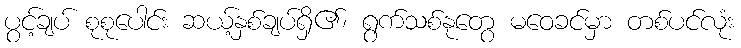
ပွင့်ချပ် စုစုပေါင်း ဆယ့်နှစ်ချပ်ရှိ၏၊ ရွက်သစ်နုတွေ မဝေခင်မှာ တစ်ပင်လုံး